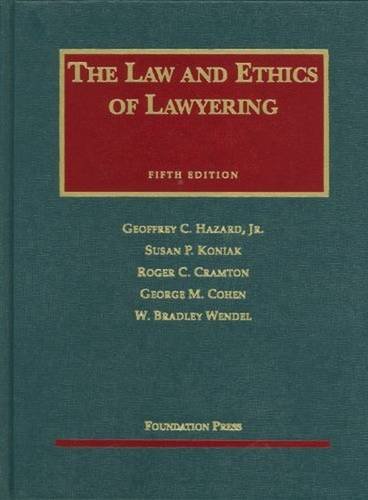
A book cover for Law and Ethics of Lawyering, 5th Edition; Geoffrey C. Hazard Jr; Law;